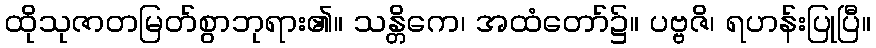
ထိုသုဇာတမြတ်စွာဘုရား၏။ သန္တိကေ၊ အထံတော်၌။ ပဗ္ဗဇိ၊ ရဟန်းပြုပြီ။